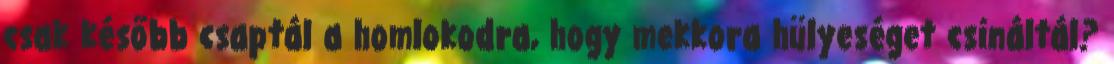
csak később csaptál a homlokodra, hogy mekkora hülyeséget csináltál?